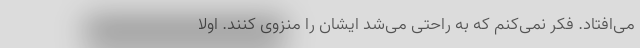
می‌افتاد. فکر نمی‌کنم که به راحتی می‌شد ایشان را منزوی کنند. اولاً